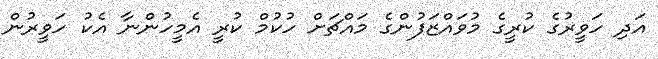
އަދި ހަވީރުގެ ކުރީގެ މުވައްޒަފުންގެ މައްޗަށް ހުކުމް ކުރީ އެމީހުންނާ އެކު ހަވީރުން